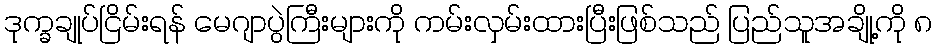
ဒုက္ခချုပ်ငြိမ်းရန် မေဂျာပွဲကြီးများကို ကမ်းလှမ်းထားပြီးဖြစ်သည် ပြည်သူအချို့ကို ၈